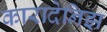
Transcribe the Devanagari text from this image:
कारादेनिझ